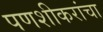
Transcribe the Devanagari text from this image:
पणशीकरांचा